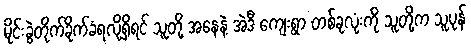
မိုင်းခွဲတိုက်ခိုက်ခံရလို့ရှိရင် သူတို့ အနေနဲ့ အဲဒီ ကျေးရွာ တစ်ခုလုံးကို သူတို့က သူပုန်